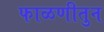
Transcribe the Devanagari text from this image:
फाळणीतुन